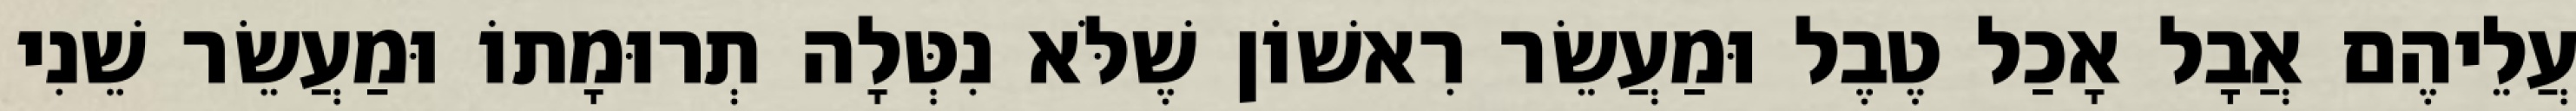
עֲלֵיהֶם אֲבָל אָכַל טֶבֶל וּמַעֲשֵׂר רִאשׁוֹן שֶׁלֹּא נִטְּלָה תְרוּמָתוֹ וּמַעֲשֵׂר שֵׁנִי